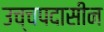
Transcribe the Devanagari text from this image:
उच्चपदासीन